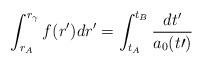
LaTeX: \begin{align*}\int^{r_{\gamma}}_{r_A}f(r^\prime)dr^\prime=\int^{t_B}_{t_A}\frac{dt^\prime}{a_0(t\prime)}\end{align*}